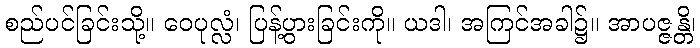
စည်ပင်ခြင်းသို့။ ဝေပုလ္လံ၊ ပြန့်ပွားခြင်းကို။ ယဒါ၊ အကြင်အခါ၌။ အာပဇ္ဇန္တိ၊